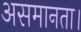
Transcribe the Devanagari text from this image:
असमानता।